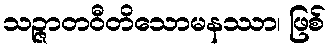
သဉ္ဇာတဝီတိသောမနဿာ၊ ဖြစ်